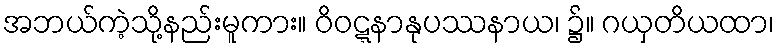
အဘယ်ကဲ့သို့နည်းမူကား။ ဝိဝဋ္ဋနာနုပဿနာယ၊ ၌။ ဂယှတိယထာ၊